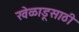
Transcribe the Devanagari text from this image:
खेळाडूसाठी